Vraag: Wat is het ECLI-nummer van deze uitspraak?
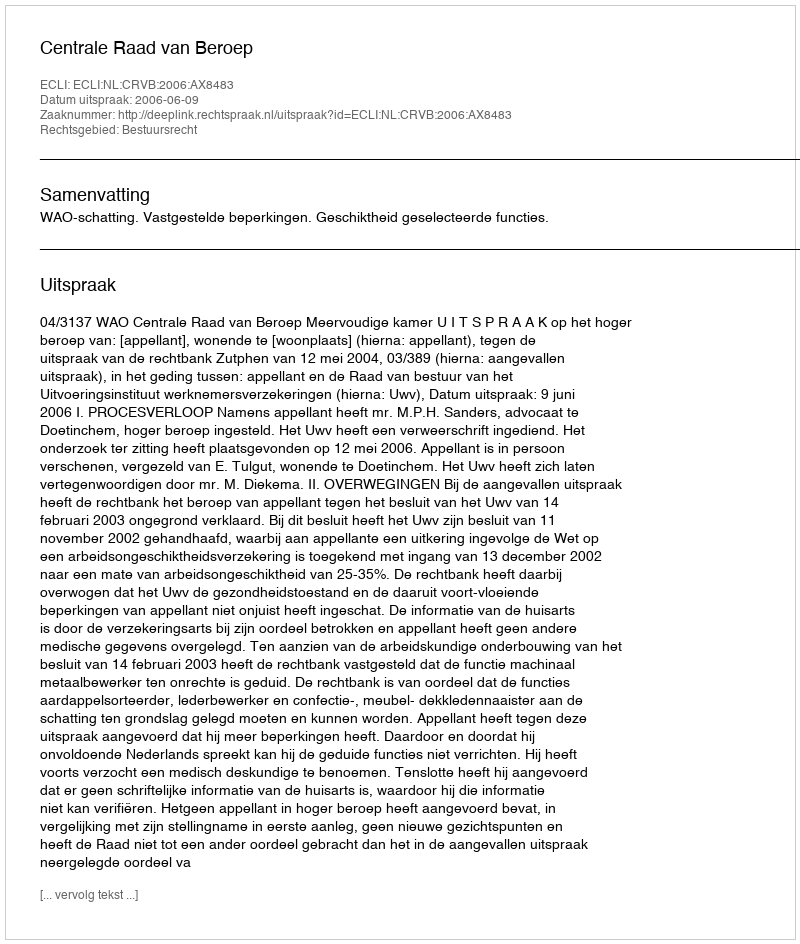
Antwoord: ECLI:NL:CRVB:2006:AX8483